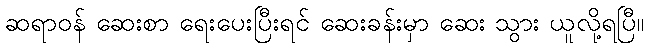
ဆရာဝန် ဆေးစာ ရေးပေးပြီးရင် ဆေးခန်းမှာ ဆေး သွား ယူလို့ရပြီ။